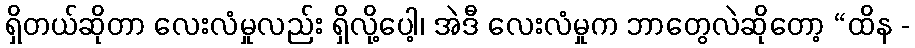
ရှိတယ်ဆိုတာ လေးလံမှုလည်း ရှိလို့ပေါ့၊ အဲဒီ လေးလံမှုက ဘာတွေလဲဆိုတော့ “ထိန -